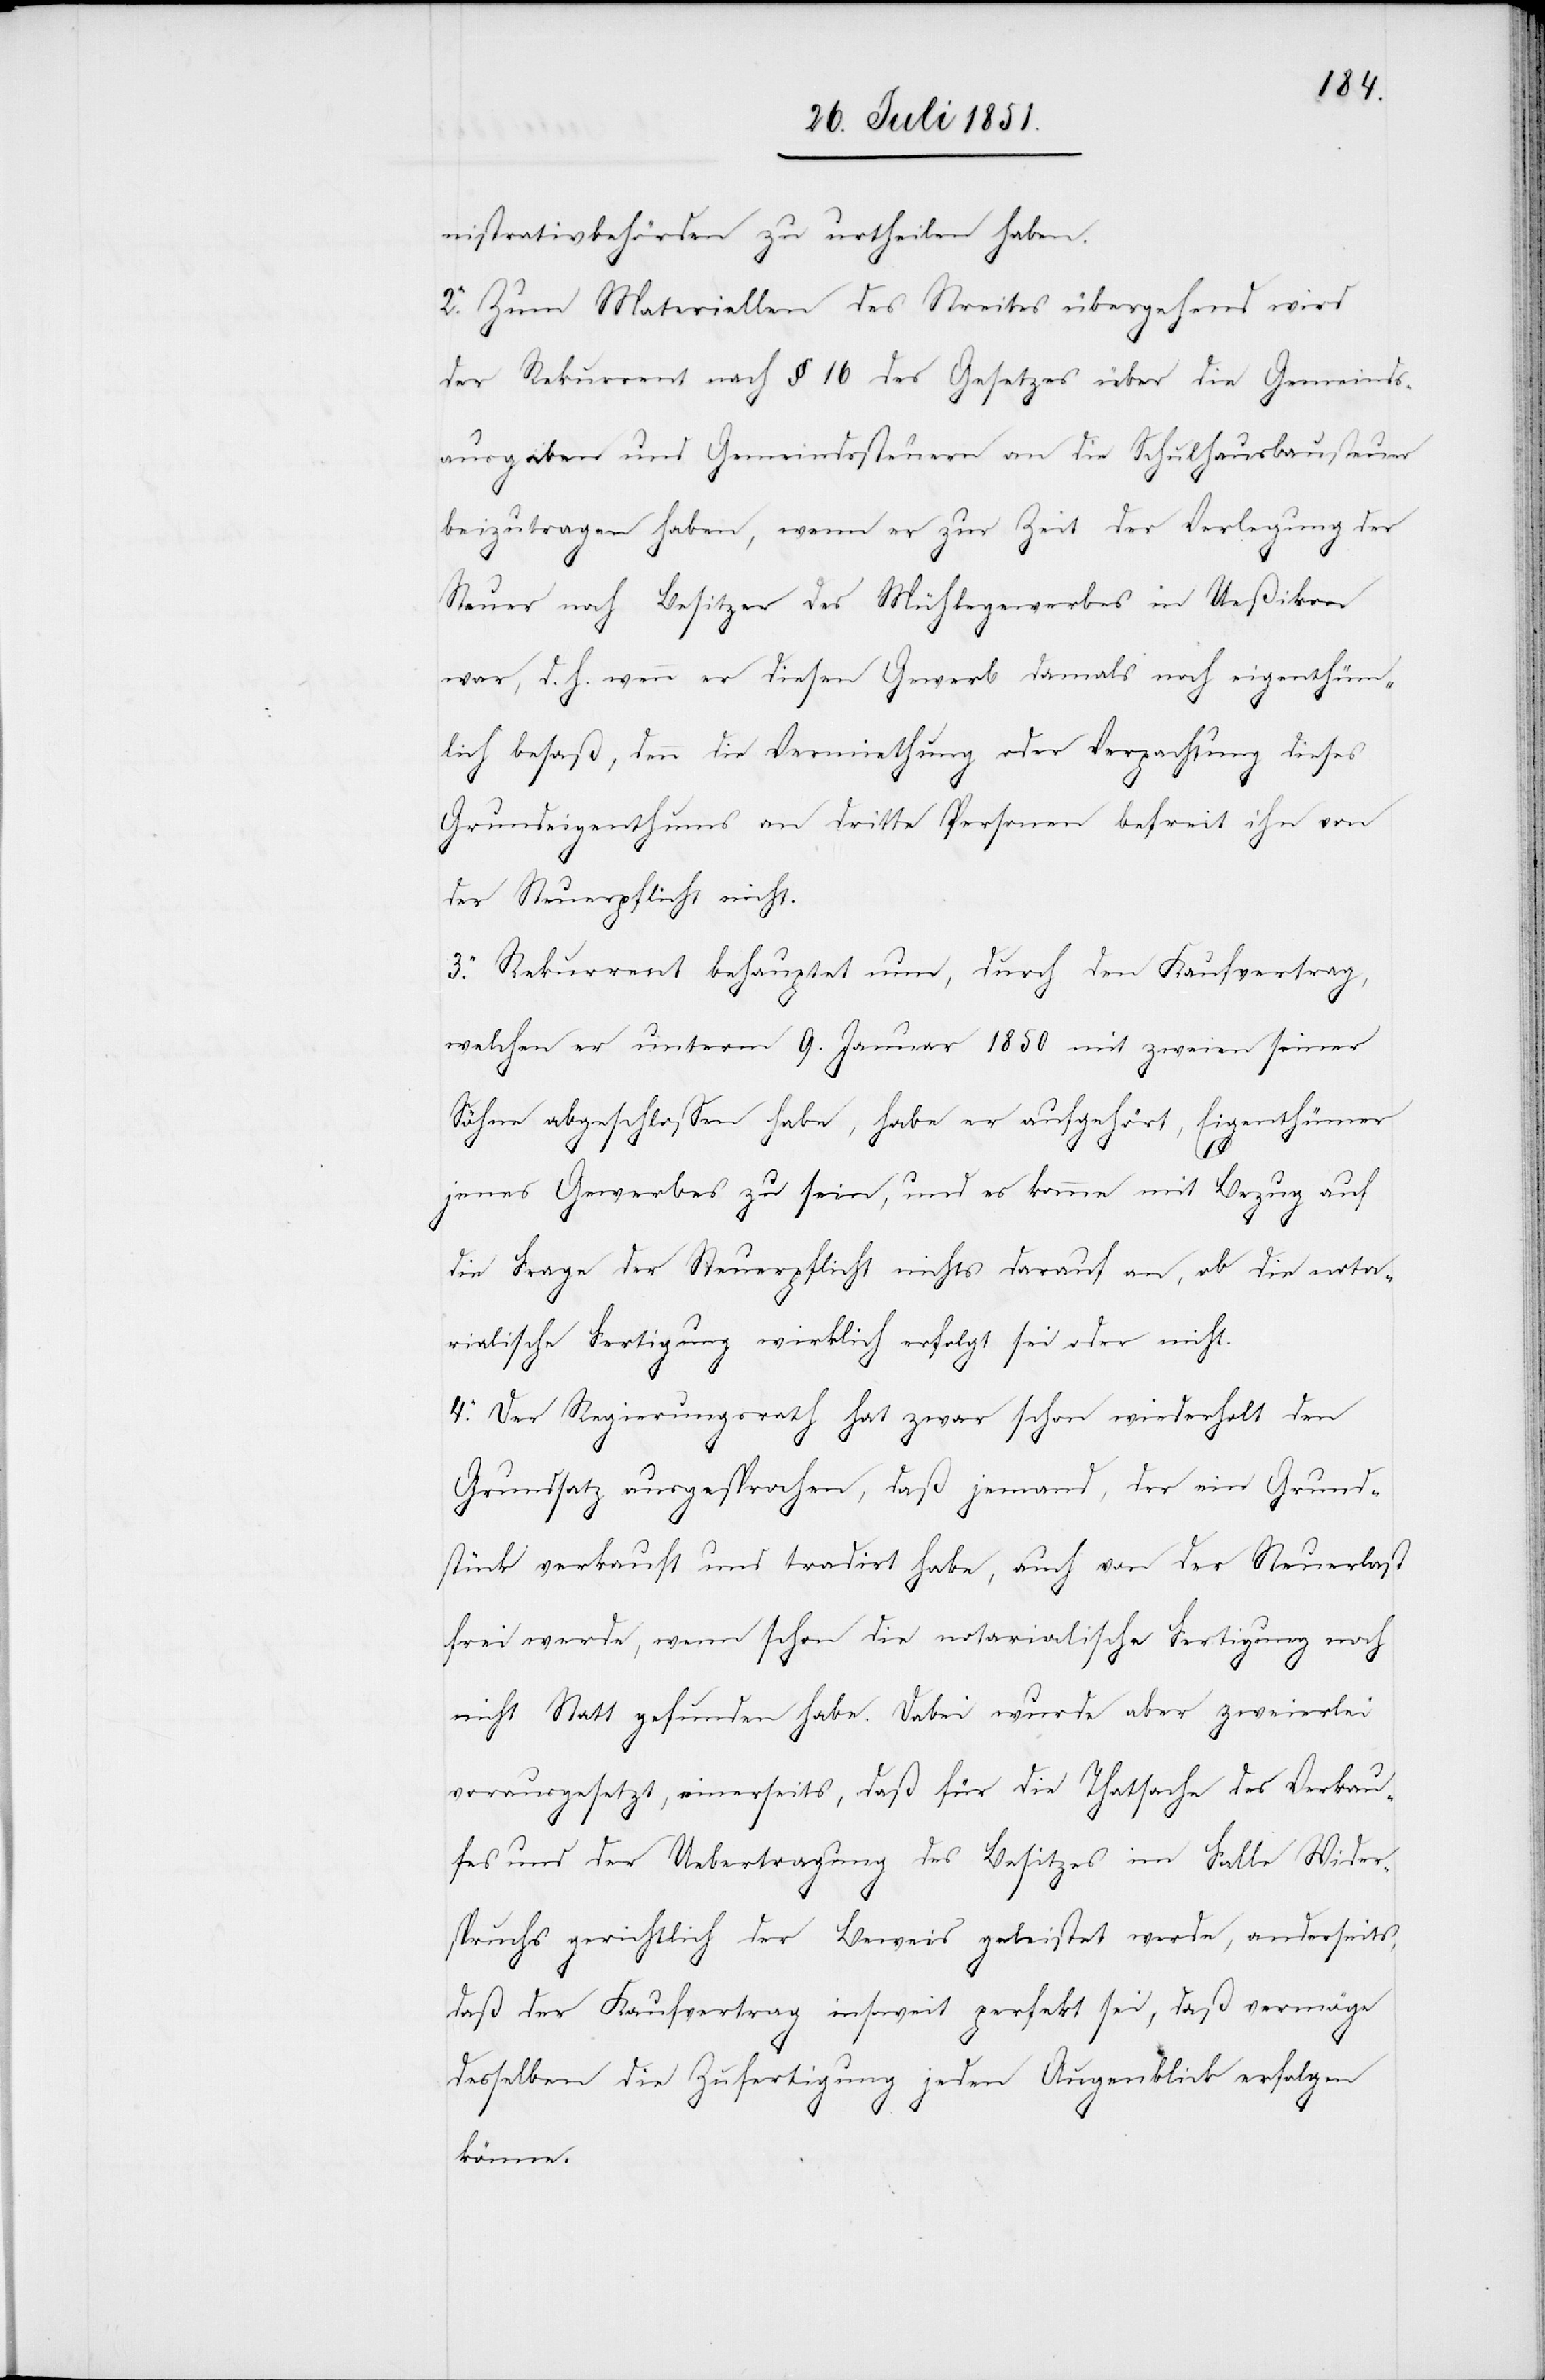
nistrativbehörden zu urtheilen haben.
2. Zum Materiellen des Streites übergehend wird
der Rekurrent nach § 16 des Gesetzes über die Gemeinds¬
ausgaben und Gemeindssteuern an die Schulhausbausteuer
beizutragen haben, wenn er zur Zeit der Verlegung der
Steuer noch Besitzer des Mühlegewerbes in Ueßikon
war, d. h. wenn er diesen Gewerb damals noch eigenthüm¬
lich besaß, denn die Vermiethung oder Verpachtung dieses
Grundeigenthums an dritte Personen befreit ihn von
der Steuerpflicht nicht.
3. Rekurrent behauptet nun, durch den Kaufvertrag,
welchen er unterm 9. Januar 1850 mit zweien seiner
Söhne abgeschlossen habe, habe er aufgehört, Eigenthümer
jenes Gewerbes zu sein, und es komme mit Bezug auf
die Frage der Steuerpflicht nichts darauf an, ob die nota¬
rialische Fertigung wirklich erfolgt sei oder nicht.
4. Der Regierungsrath hat zwar schon wiederholt den
Grundsatz ausgesprochen, daß jemand, der ein Grund¬
stück verkauft und tradirt habe, auch von der Steuerlast
frei werde, wenn schon die notarialische Fertigung noch
nicht Statt gefunden habe. Dabei wurde aber zweierlei
vorausgesetzt, einerseits, daß für die Thatsache des Verkau¬
fes und der Uebertragung des Besitzes im Falle Wider¬
spruchs gerichtlich der Beweis geleistet werde, anderseits,
daß der Kaufvertrag insoweit perfekt sei, daß vermöge
desselben die Zufertigung jeden Augenblick erfolgen
könne.